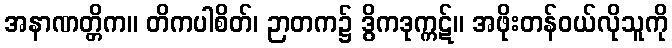
အနာဏတ္တိက။ တိကပါစိတ်၊ ဉာတက၌ ဒွိကဒုက္ကဋ်။ အဖိုးတန်ဝယ်လိုသူကို